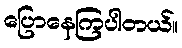
ပြောနေကြပါတယ်။